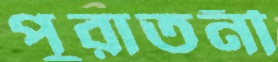
পুরাতনী